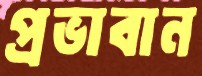
প্রভাবান